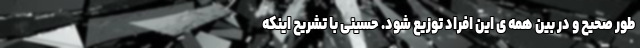
طور صحیح و در بین همه ی این افراد توزیع شود. حسینی با تشریح اینکه